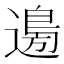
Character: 𮞽